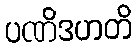
ပဏိဒဟတိ